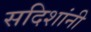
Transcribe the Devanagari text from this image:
सदिशांनी